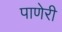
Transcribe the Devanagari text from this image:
पाणेरी